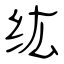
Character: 纮